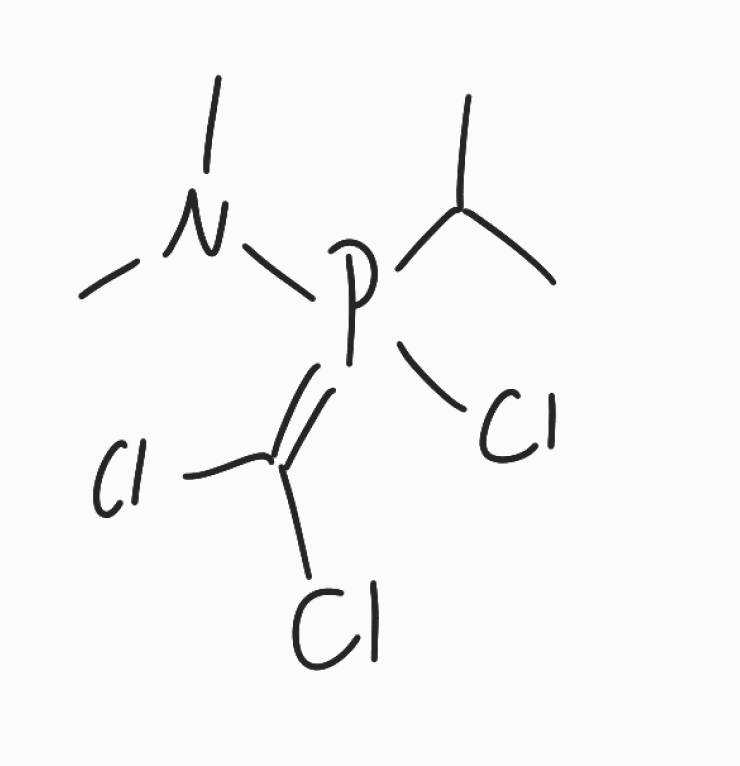
Simplified molecular-input line-entry system (SMILES) notation of the given molecule:
CC(C)P(=C(Cl)Cl)(N(C)C)Cl